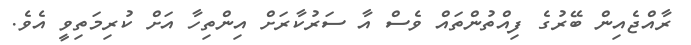
ރާއްޖެއިން ބޭރުގެ ފިއްތުންތައް ވެސް އާ ސަރުކާރަށް އިންތިހާ އަށް ކުރިމަތިވީ އެވެ.